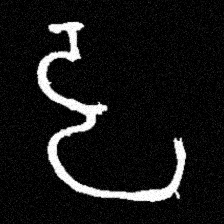
Pyu character \u2014 Myanmar letter: ဠ (romanized: lla)